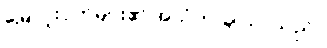
မြေလူးငှက်များ၏ အသံက ချိုသာသည်။